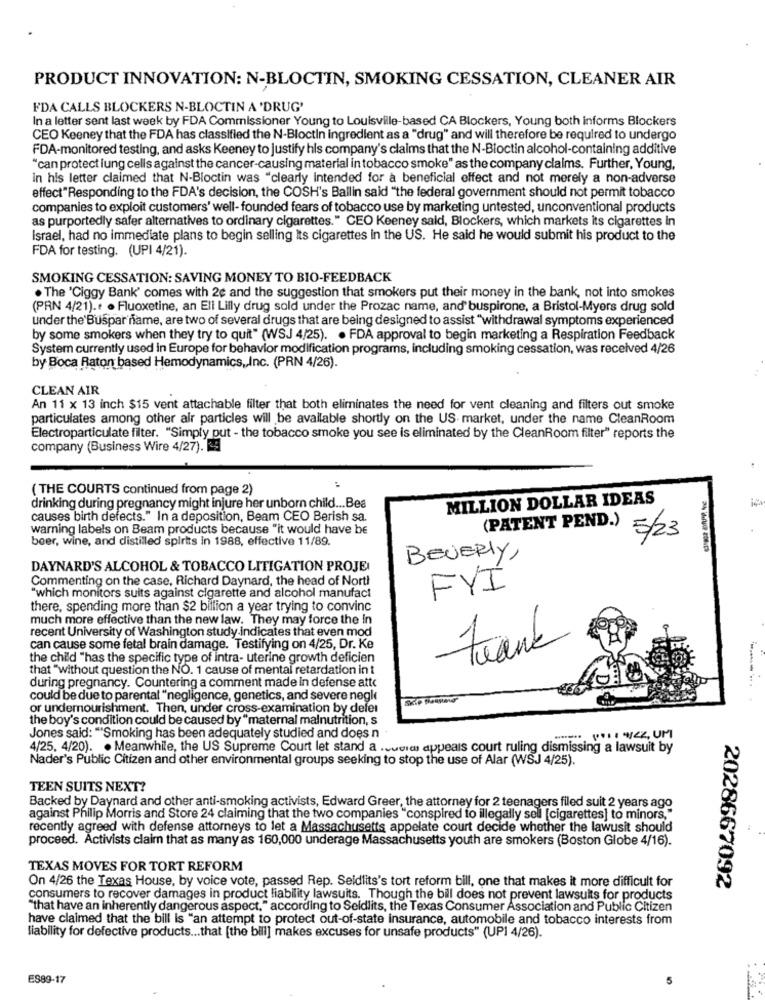
PRODUCT INNOVATION: N-BLOCTIN, SMOKING CESSATION, CLEANER AIR
FDA CALLS BLOCKERS N-BLOCTIN A 'DRUG'
In a letter sent last week by FDA Commissioner Young to Louisville-based CA Blockers, Young both informs Blockers
CEO Keeney that the FDA has classified the N-Bloctin ingredient as a "drug" and will therefore be required to undergo
FDA-monitored testing, and asks Keeney to justify his company's claims that the N-Bloctin alcohol-containing additive
"can protect lung cells against the cancer-causing material in tobacco smoke" as the company claims. Further, Young,
in his letter claimed that N-Bloctin was "clearly Intended for a beneficial effect and not merely a non-adverse
effect"Responding to the FDA's decision, the COSH's Ballin said "the federal government should not permit tobacco
companies to exploit customers' well- founded fears of tobacco use by marketing untested, unconventional products
as purportedly safer alternatives to ordinary cigarettes." CEO Keeney said, Blockers, which markets its cigarettes In
Israel, had no immediate plans to begin selling its cigarettes in the US. He said he would submit his product to the
FDA for testing. (UPI 4/21).
SMOKING CESSATION: SAVING MONEY TO BIO-FEEDBACK
. The 'Ciggy Bank' comes with 2e and the suggestion that smokers put their money in the bank, not into smokes
(PRN 4/21) .. . Fluoxetine, an Eli Lilly drug sold under the Prozac name, and buspirone, a Bristol-Myers drug sold
under the Buspar name, are two of several drugs that are being designed to assist "withdrawal symptoms experienced
by some smokers when they try to quit" (WSJ 4/25). . FDA approval to begin marketing a Respiration Feedback
System currently used in Europe for behavior modification programs, including smoking cessation, was received 4/26
by Boca Raton based Hemodynamics ,, Inc. (PRN 4/26).
CLEAN AIR
An 11 x 13 inch $15 vent attachable filter that both eliminates the need for vent cleaning and filters out smoke
particulates among other air particles will be available shortly on the US market, under the name CleanRoom
Electroparticulate filter. "Simply put - the tobacco smoke you see is eliminated by the CleanRoom filter" reports the
company (Business Wire 4/27).
( THE COURTS continued from page 2)
MILLION DOLLAR IDEAS
drinking during pregnancy might injure her unborn child ... Bes
causes birth defects." In a deposition, Beam CEO Berish sa.
warning labels on Beam products because "it would have be
beer, wine, and distilled spirits in 1988, effective 11/89.
(PATENT PEND.) 5/23
BEVERLY,
DAYNARD'S ALCOHOL & TOBACCO LITIGATION PROJE
Commenting on the case, Richard Daynard, the head of Norti
FYI
"which monitors suits against cigarette and alcohol manufact
there, spending more than $2 billion a year trying to convinc
much more effective than the new law. They may force the In
recent University of Washington study indicates that even mod
can cause some fetal brain damage. Testifying on 4/25, Dr. Ke
13
the child "has the specific type of intra- uterine growth deficien
that "without question the NO. 1 cause of mental retardation int
during pregnancy. Countering a comment made In defense att
could be due to parental "negligence, genetics, and severe negle
or undernourishment. Then, under cross-examination by deler
the boy's condition could be caused by "maternal malnutrition, s
Jones said: "Smoking has been adequately studied and does n
===== 1: 4124, UM
4/25, 4/20). . Meanwhile, the US Supreme Court let stand a .cuvier appeals court ruling dismissing a lawsuit by
Nader's Public Citizen and other environmental groups seeking to stop the use of Alar (WSJ 4/25).
TEEN SUITS NEXT?
Backed by Daynard and other anti-smoking activists, Edward Greer, the attorney for 2 teenagers filed suit 2 years ago
against Philip Morris and Store 24 claiming that the two companies "conspired fo illegally sell [cigarettes] to minors,"
recently agreed with defense attorneys to let a Massachusetts appelate court decide whether the lawusit should
proceed. Activists claim that as many as 160,000 underage Massachusetts youth are smokers (Boston Globe 4/16).
TEXAS MOVES FOR TORT REFORM
On 4/26 the Texas House, by voice vote, passed Rep. Seidlits's tort reform bill, one that makes it more difficult for
2028667092
consumers to recover damages in product liability lawsuits. Though the bill does not prevent lawsuits for products
"that have an inherently dangerous aspect." according to Seidlits, the Texas Consumer Association and Public Citizen
have claimed that the bill is "an attempt to protect out-of-state insurance, automobile and tobacco interests from
liability for defective products ... that [the bill] makes excuses for unsafe products" (UPI 4/26).
ES89-17
5